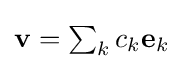
{\textstyle \mathbf {v} =\sum _{k}c_{k}\mathbf {e} _{k}}